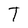
Character: T